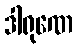
ဒါရုဏေ